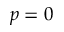
p = 0